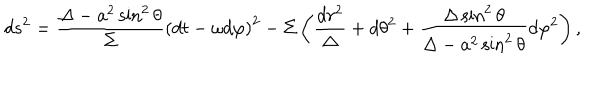
d s ^ { 2 } = \frac { \Delta - a ^ { 2 } \sin ^ { 2 } \theta } { \Sigma } \left( d t - \omega d \varphi \right) ^ { 2 } - \Sigma \left( \frac { d r ^ { 2 } } { \Delta } + d \theta ^ { 2 } + \frac { \Delta \sin ^ { 2 } \theta } { \Delta - a ^ { 2 } \sin ^ { 2 } \theta } d \varphi ^ { 2 } \right) ,